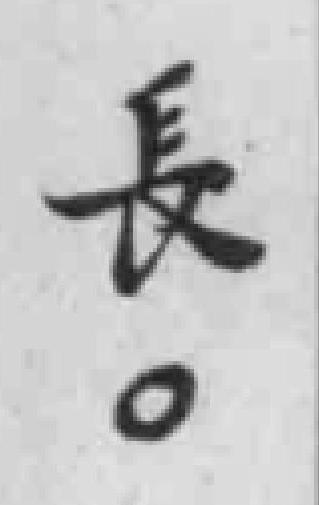
長。